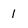
Character: 1